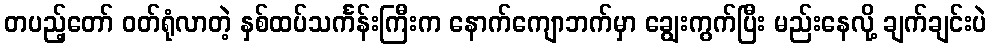
တပည့်တော် ဝတ်ရုံလာတဲ့ နှစ်ထပ်သင်္ကန်းကြီးက နောက်ကျောဘက်မှာ ချွေးကွက်ပြီး မည်းနေလို့ ချက်ချင်းပဲ